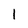
Character: 1